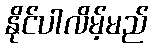
နိုင်ပါလိမ့်မည်